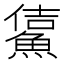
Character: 𩸔